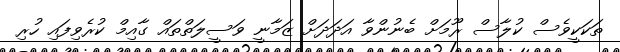
ތަކަކީވެސް ކުލާސް ރޫމަށް ބެނުންވާ އަދަދަށް ޒަމާނީ ވަސީލަތްތައް ގާއިމް ކުރެވިފައި ހުރި